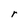
Character: r